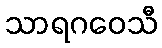
သာရဂဝေသီ